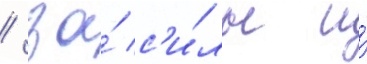
/ за́ с'и́лы и́